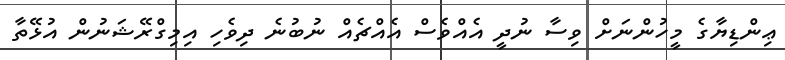
ޢިންޑިޔާގެ މީހުންނަށް ވިސާ ނުދީ އެއްވެސް އެއްޗެއް ނުބުނެ ދިވެހި އިމިގްރޭޝަނުން އުޅޭތާ